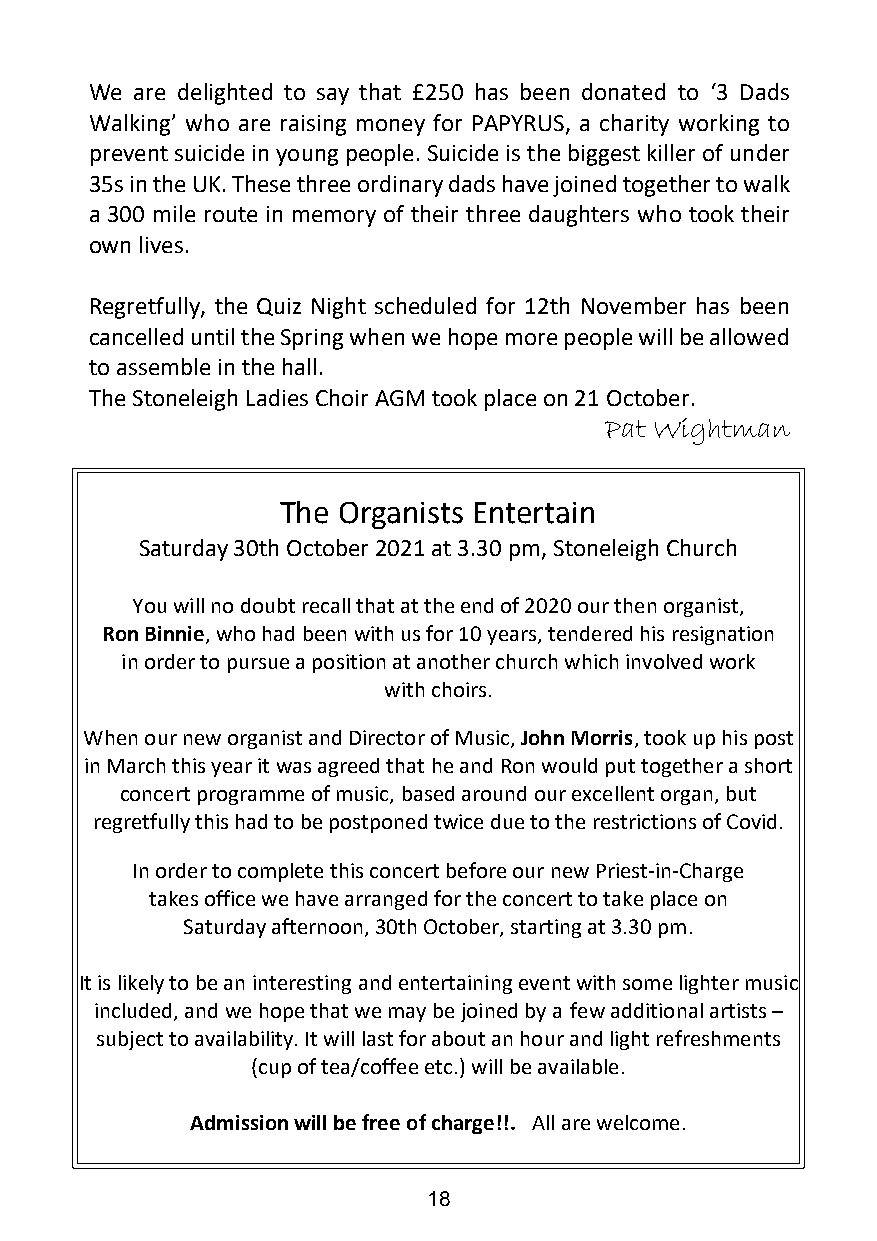
We are delighted to say that £250 has been donated to ‘3 Dads
 Walking’ who are raising money for PAPYRUS, a charity working to
 prevent suicide in young people. Suicide is the biggest killer of under
 35s in the UK. These three ordinary dads have joined together to walk
 a 300 mile route in memory of their three daughters who took their
 own lives.
 Regretfully, the Quiz Night scheduled for 12th November has been
 cancelled until the Spring when we hope more people will be allowed
 to assemble in the hall.
 The Stoneleigh Ladies Choir AGM took place on 21 October.
 Pat Wightman
 The Organists Entertain
 Saturday 30th October 2021 at 3.30 pm, Stoneleigh Church
 You will no doubt recall that at the end of 2020 our then organist,
 Ron Binnie, who had been with us for 10 years, tendered his resignation
 in order to pursue a position at another church which involved work
 with choirs.
 When our new organist and Director of Music,John Morris, took up his post
 in March this year it was agreed that he and Ron would put together a short
 concert programme of music, based around our excellent organ, but
 regretfully this had to be postponed twice due to the restrictions of Covid.
 In order to complete this concert before our new Priest-in-Charge
 takes office we have arranged for the concert to take place on
 Saturday afternoon, 30th October, starting at 3.30 pm.
 It is likely to be an interesting and entertaining event with some lighter music
 included, and we hope that we may be joined by a few additional artists –
 subject to availability. It will last for about an hour and light refreshments
 (cup of tea/coffee etc.) will be available.
 Admission will be free of charge!!. All are welcome.
 18